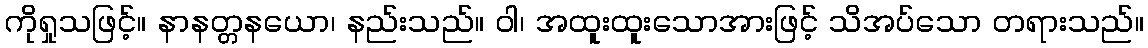
ကိုရှုသဖြင့်။ နာနတ္တနယော၊ နည်းသည်။ ဝါ၊ အထူးထူးသောအားဖြင့် သိအပ်သော တရားသည်။